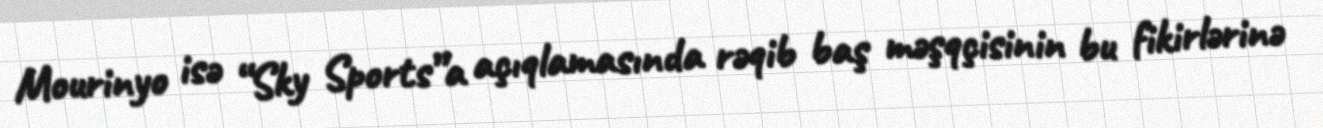
Mourinyo isə “Sky Sports”a açıqlamasında rəqib baş məşqçisinin bu fikirlərinə